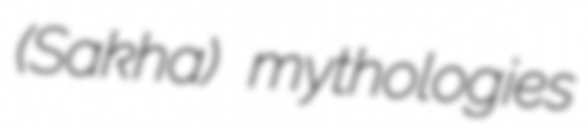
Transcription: (Sakha) mythologies